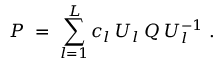
P \; = \; \sum _ { l = 1 } ^ { L } c _ { l } \: U _ { l } \: Q \: U _ { l } ^ { - 1 } \; .